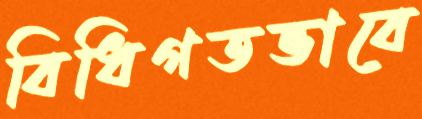
বিধিগতভাবে